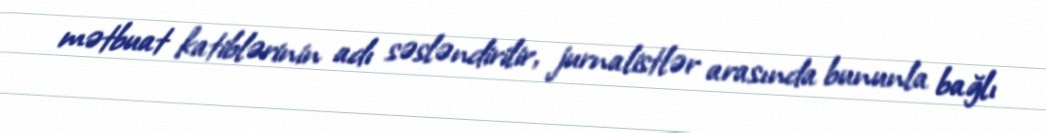
mətbuat katiblərinin adı səsləndirilir, jurnalistlər arasında bununla bağlı